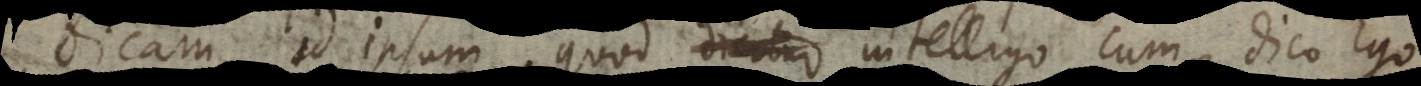
dicam, id ipsum quod intelligo cum dico Ego